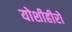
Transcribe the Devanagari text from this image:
योशीहीरो